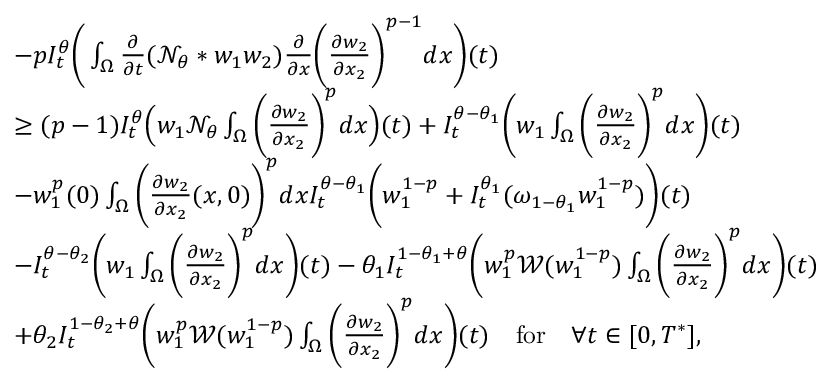
\begin{array} { r l } & { - p I _ { t } ^ { \theta } \bigg ( \int _ { \Omega } \frac { \partial } { \partial t } ( \mathcal { N } _ { \theta } * w _ { 1 } w _ { 2 } ) \frac { \partial } { \partial x } \bigg ( \frac { \partial w _ { 2 } } { \partial x _ { 2 } } \bigg ) ^ { p - 1 } d x \bigg ) ( t ) } \\ & { \geq ( p - 1 ) I _ { t } ^ { \theta } \Big ( w _ { 1 } \mathcal { N } _ { \theta } \int _ { \Omega } \bigg ( \frac { \partial w _ { 2 } } { \partial x _ { 2 } } \bigg ) ^ { p } d x \Big ) ( t ) + I _ { t } ^ { \theta - \theta _ { 1 } } \bigg ( w _ { 1 } \int _ { \Omega } \bigg ( \frac { \partial w _ { 2 } } { \partial x _ { 2 } } \bigg ) ^ { p } d x \bigg ) ( t ) } \\ & { - w _ { 1 } ^ { p } ( 0 ) \int _ { \Omega } \bigg ( \frac { \partial w _ { 2 } } { \partial x _ { 2 } } ( x , 0 ) \bigg ) ^ { p } d x I _ { t } ^ { \theta - \theta _ { 1 } } \bigg ( w _ { 1 } ^ { 1 - p } + I _ { t } ^ { \theta _ { 1 } } ( \omega _ { 1 - \theta _ { 1 } } w _ { 1 } ^ { 1 - p } ) \bigg ) ( t ) } \\ & { - I _ { t } ^ { \theta - \theta _ { 2 } } \bigg ( w _ { 1 } \int _ { \Omega } \bigg ( \frac { \partial w _ { 2 } } { \partial x _ { 2 } } \bigg ) ^ { p } d x \bigg ) ( t ) - \theta _ { 1 } I _ { t } ^ { 1 - \theta _ { 1 } + \theta } \bigg ( w _ { 1 } ^ { p } \mathcal { W } ( w _ { 1 } ^ { 1 - p } ) \int _ { \Omega } \bigg ( \frac { \partial w _ { 2 } } { \partial x _ { 2 } } \bigg ) ^ { p } d x \bigg ) ( t ) } \\ & { + \theta _ { 2 } I _ { t } ^ { 1 - \theta _ { 2 } + \theta } \bigg ( w _ { 1 } ^ { p } \mathcal { W } ( w _ { 1 } ^ { 1 - p } ) \int _ { \Omega } \bigg ( \frac { \partial w _ { 2 } } { \partial x _ { 2 } } \bigg ) ^ { p } d x \bigg ) ( t ) \quad \mathrm { f o r } \quad \forall t \in [ 0 , T ^ { * } ] , } \end{array}